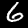
Digit: 6